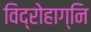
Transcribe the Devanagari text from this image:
विद्रोहाग्नि